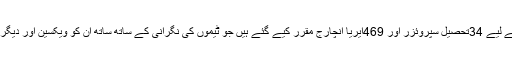
انہوں نے کہا کہ اس مہم کی سپرویثرن کے لیے 34تحصیل سپروئزر اور 469ایریا انچارج مقرر کیے گئے ہیں جو ٹیموں کی نگرانی کے ساتھ ساتھ ان کو ویکسین اور دیگر ضروری سامان موقع پر فراہم کریں گے۔